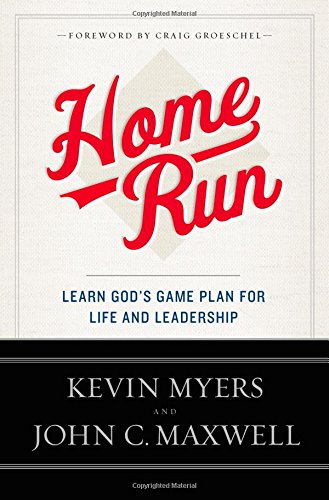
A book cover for Home Run: Learn God's Game Plan for Life and Leadership; Kevin Myers; Christian Books & Bibles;